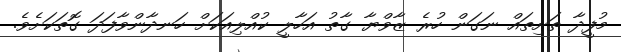
މުފީދާ ތަށިތައް ނަގަން ހުރެ ޒާވްޔާ ގާތު އަހާލީ ކުއްލިއަކަށް ހަނދާންވާފަދަ ގޮތަކަށެވެ.